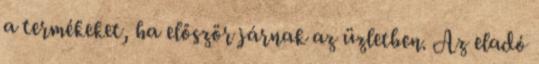
a termékeket, ha először járnak az üzletben. Az eladó